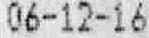
06-12-16